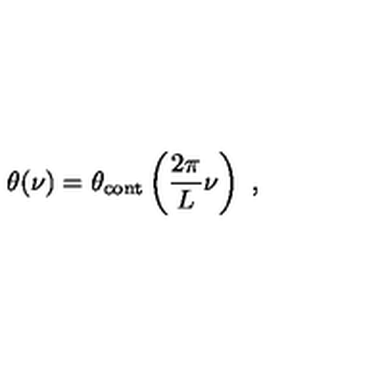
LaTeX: \theta ( \nu ) = \theta _ { \mathrm { c o n t } } \left( \frac { 2 \pi } { L } \nu \right) \ ,